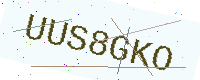
Text: UUS8GKO